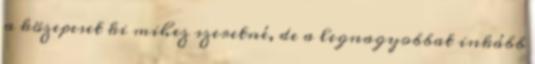
a közepeset ki mihez szeretné, de a legnagyobbat inkább